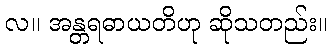
လ။ အန္တရဓာယတိဟု ဆိုသတည်း။